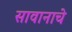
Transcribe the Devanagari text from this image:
सावानाचे